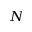
N